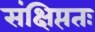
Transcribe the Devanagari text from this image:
संक्षिप्ततः